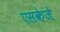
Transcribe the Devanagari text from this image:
एसकेजे